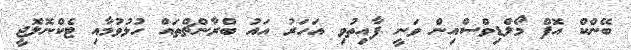
ބޭންކް އޮފް މޯލްޑިވްސްއިން ވަނީ ފާއިތުވި އަހަރު އައު ބްރާންޗްތައް ހުޅުވުމާއި ޓެކްނޮލޮޖީ